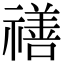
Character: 𥛶